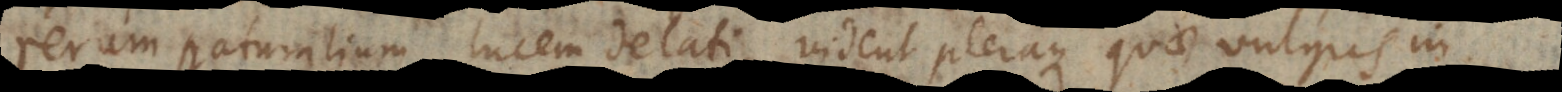
rerum naturalium lucem delati, vident pleraque quae vulgus in